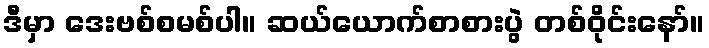
ဒီမှာ ဒေးဗစ်စမစ်ပါ။ ဆယ်ယောက်စာစားပွဲ တစ်ဝိုင်းနော်။